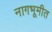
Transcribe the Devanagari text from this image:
नागभूमीत